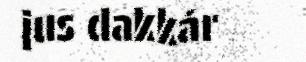
jus dakkár